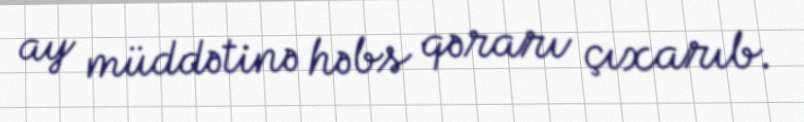
ay müddətinə həbs qərarı çıxarıb.